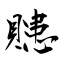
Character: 贃